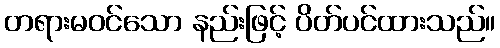
တရားမဝင်သော နည်းဖြင့် ပိတ်ပင်ထားသည်။